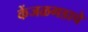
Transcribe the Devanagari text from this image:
केंजळगडाचे